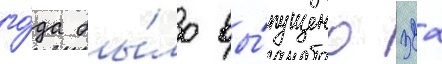
го́да бы́ло вы́пущено 322